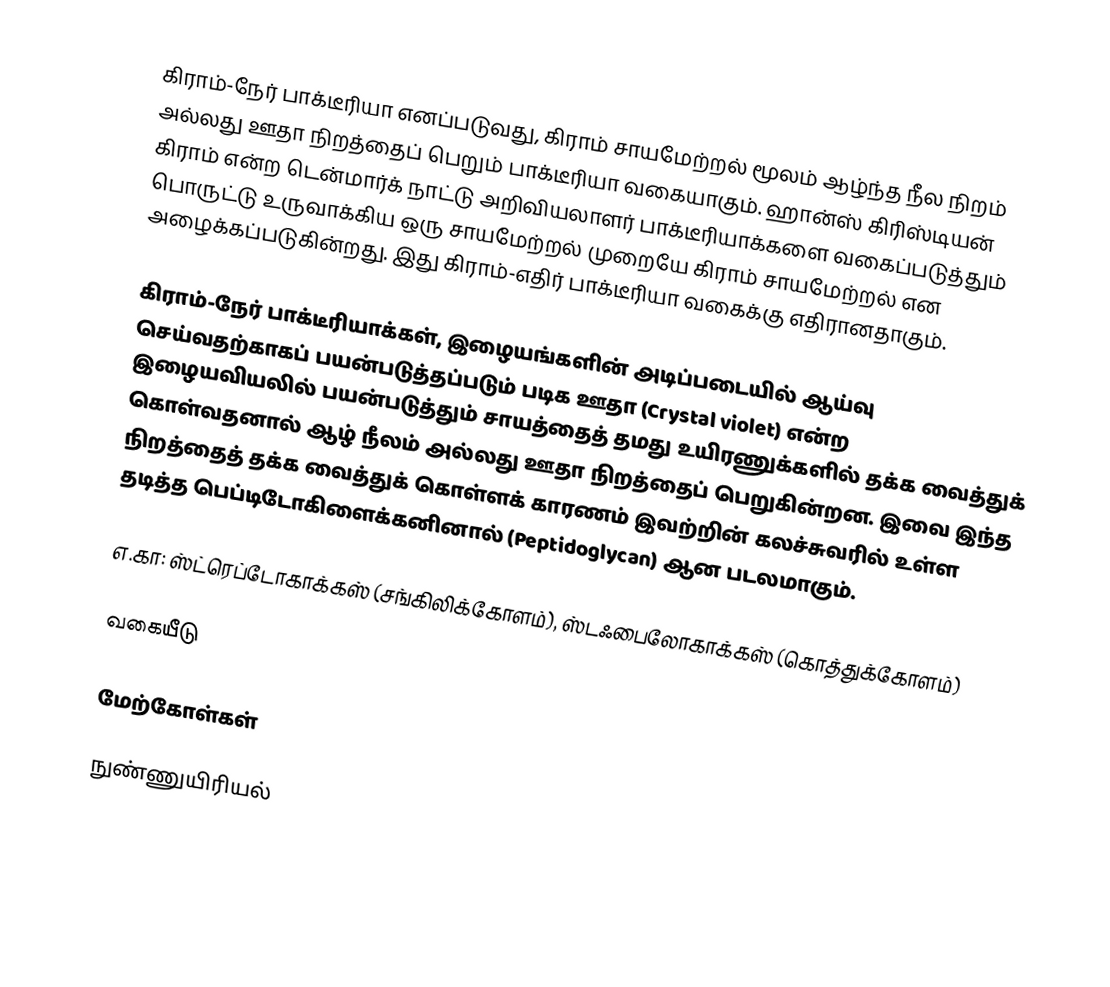
கிராம்-நேர் பாக்டீரியா எனப்படுவது, கிராம் சாயமேற்றல் மூலம் ஆழ்ந்த நீல நிறம் அல்லது ஊதா நிறத்தைப் பெறும் பாக்டீரியா வகையாகும். ஹான்ஸ் கிரிஸ்டியன் கிராம் என்ற டென்மார்க் நாட்டு அறிவியலாளர் பாக்டீரியாக்களை வகைப்படுத்தும் பொருட்டு உருவாக்கிய ஒரு சாயமேற்றல் முறையே கிராம் சாயமேற்றல் என அழைக்கப்படுகின்றது. இது கிராம்-எதிர் பாக்டீரியா வகைக்கு எதிரானதாகும்.

கிராம்-நேர் பாக்டீரியாக்கள், இழையங்களின் அடிப்படையில் ஆய்வு செய்வதற்காகப் பயன்படுத்தப்படும் படிக ஊதா (Crystal violet) என்ற இழையவியலில் பயன்படுத்தும் சாயத்தைத் தமது உயிரணுக்களில் தக்க வைத்துக் கொள்வதனால் ஆழ் நீலம் அல்லது ஊதா நிறத்தைப் பெறுகின்றன. இவை இந்த நிறத்தைத் தக்க வைத்துக் கொள்ளக் காரணம் இவற்றின் கலச்சுவரில் உள்ள தடித்த  பெப்டிடோகிளைக்கனினால் (Peptidoglycan) ஆன படலமாகும்.

எ.கா: ஸ்ட்ரெப்டோகாக்கஸ் (சங்கிலிக்கோளம்), ஸ்டஃபைலோகாக்கஸ் (கொத்துக்கோளம்)

வகையீடு

மேற்கோள்கள்

நுண்ணுயிரியல்